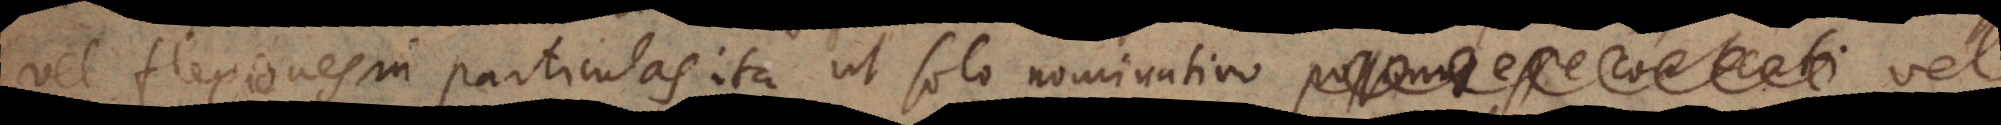
vel flexiones in particulas, ita ut solo nominativo vel